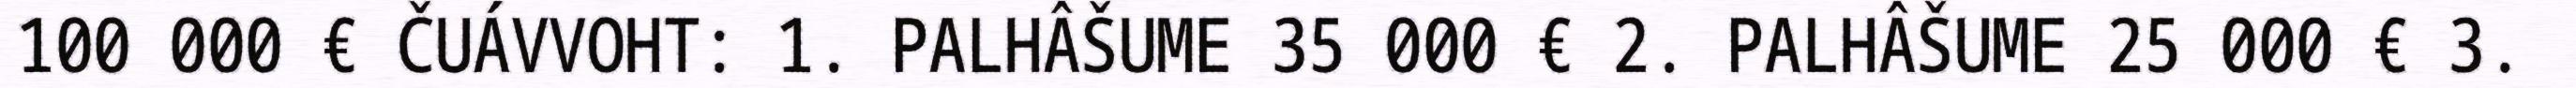
100 000 € ČUÁVVOHT: 1. PALHÂŠUME 35 000 € 2. PALHÂŠUME 25 000 € 3.